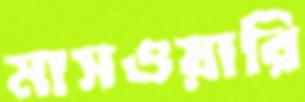
মাসওয়ারি